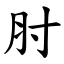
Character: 肘